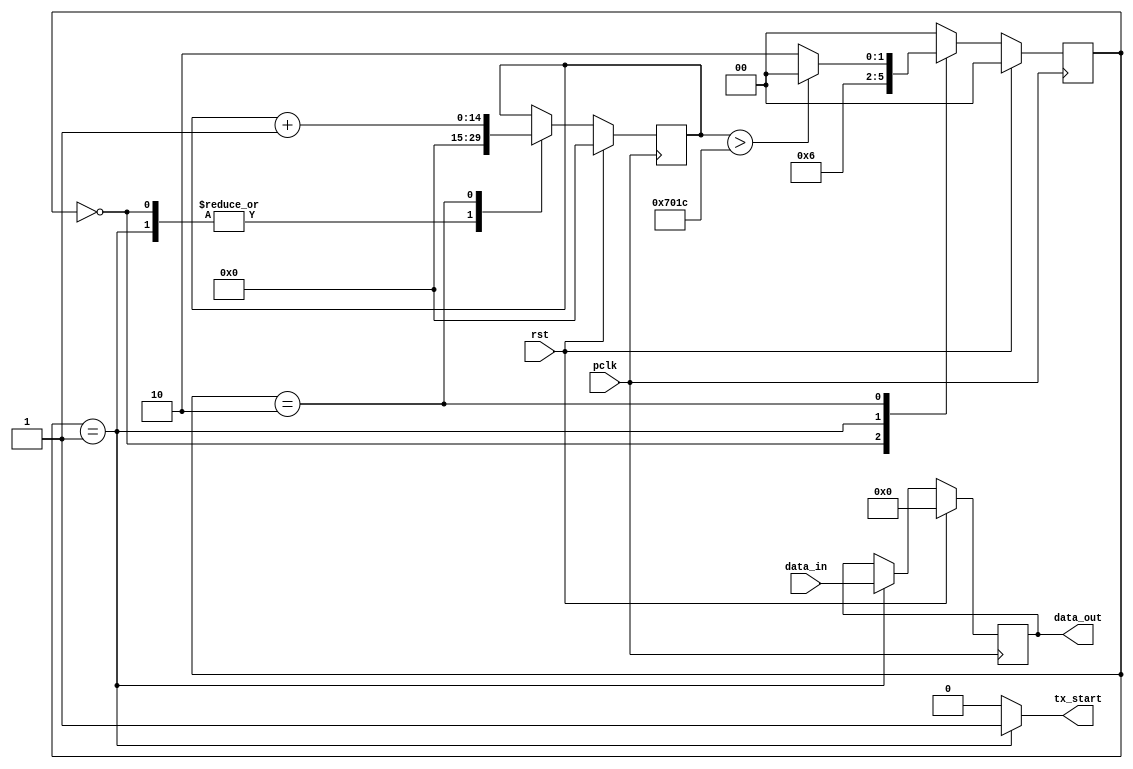

`timescale 1 ns / 1 ps
module tx_lock(
  input wire pclk,
  input wire rst,
  input wire [7:0] data_in,
  output reg tx_start,
  output reg [7:0] data_out
);

  localparam IDLE = 2'b00;
  localparam START = 2'b01;
  localparam LOCKED = 2'b10;

  localparam COUNTER_LIMIT = 28700;
  reg [7:0] temp_data;
  reg [1:0] state, next_state;
  reg [14:0] counter, next_counter;

  always @(posedge pclk) begin
    if(rst) begin
      state <= IDLE;
      counter <= 15'b0;
      data_out <= 8'b0;
    end
    else begin
      state <= next_state;
      counter <= next_counter;
      data_out <= temp_data;
    end
  end

  always @(state or counter) begin
    case(state)
      IDLE: begin
        next_state = START;
      end
      START: begin
        next_state = LOCKED;
      end
      LOCKED: begin
        if(counter > COUNTER_LIMIT) begin
          next_state = IDLE;
        end
        else begin 
          next_state = LOCKED;
        end
      end
      default: begin
        next_state = IDLE;
      end
    endcase
  end

  always @* begin
    next_counter = counter;             
    temp_data = data_out;
    case(state)
      IDLE: begin
        tx_start = 1'b0;
        next_counter = 15'b0;
      end
      START: begin
        tx_start = 1'b1;
        temp_data = data_in;
        next_counter = 15'b0;
      end
      LOCKED: begin
        tx_start = 1'b0;
        next_counter = counter + 1;
      end
      default: begin
        tx_start = 1'b0;
      end
    endcase
  end

endmodule